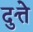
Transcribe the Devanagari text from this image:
दुत्ते